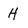
Character: H